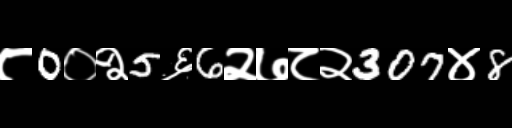
Text: ८0०२5६6२७८२307४8